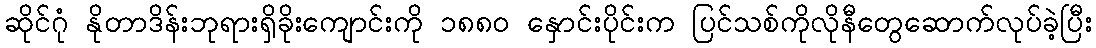
ဆိုင်ဂုံ နိုတာဒိန်းဘုရားရှိခိုးကျောင်းကို ၁၈၈၀ နှောင်းပိုင်းက ပြင်သစ်ကိုလိုနီတွေဆောက်လုပ်ခဲ့ပြီး